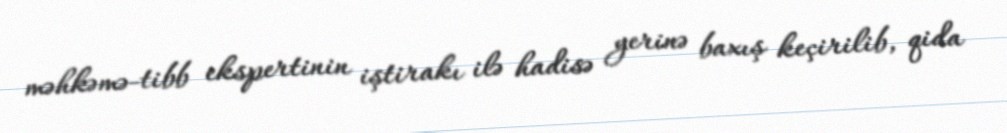
məhkəmə-tibb ekspertinin iştirakı ilə hadisə yerinə baxış keçirilib, qida